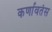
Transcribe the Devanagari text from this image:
कर्णावतंस